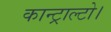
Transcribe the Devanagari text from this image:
कान्ट्राल्टो।